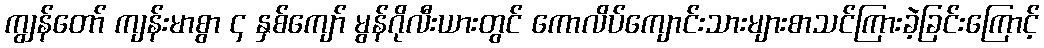
ကျွန်တော် ကျန်းမာစွာ ၄ နှစ်ကျော် မွန်ဂိုလီးယားတွင် ကောလိပ်ကျောင်းသားများစာသင်ကြားခဲ့ခြင်းကြောင့်